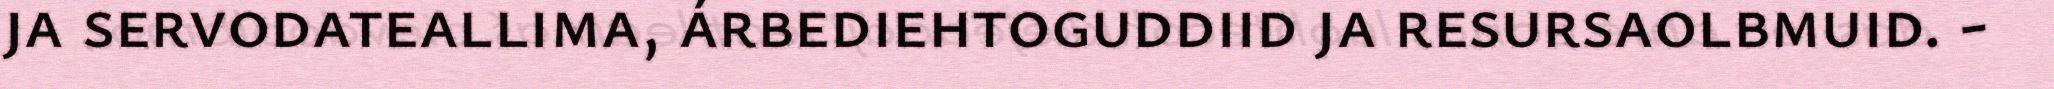
ja servodateallima, árbediehtoguddiid ja resursaolbmuid. -